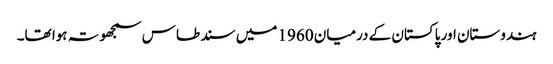
ہندوستان اور پاکستان کے درمیان 1960 میں سند طاس سمجھوتہ ہوا تھا۔